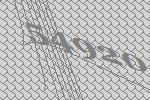
54920